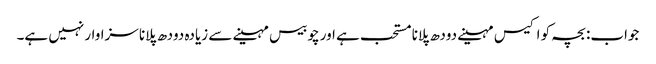
جواب: بچہ کو اکیس مہینے دودھ پلانا مستحب ہے اور چوبیس مہینے سے زیادہ دودھ پلانا سزاوار نہیں ہے۔